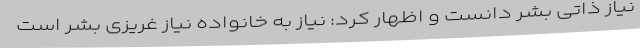
نیاز ذاتی بشر دانست و اظهار کرد: نیاز به خانواده نیاز غریزی بشر است